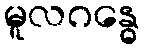
မူလဂန္ဓေ